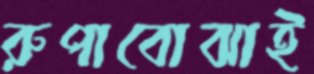
রুপাবোঝাই